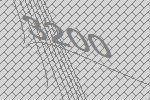
3200